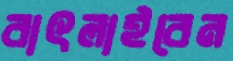
বাৎলাইবেন